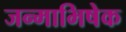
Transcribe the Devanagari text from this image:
जन्माभिषेक